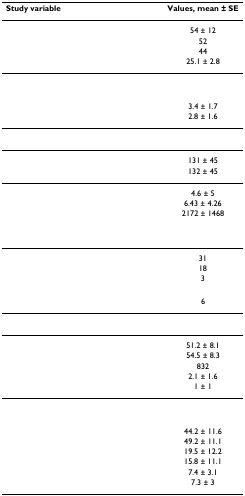
<table><thead><tr><td><b>Study variable</b></td><td><b>Values, mean ± SE</b></td></tr></thead><tbody><tr><td>[EMPTY_CELL]</td><td>54 ± 12</td></tr><tr><td>[EMPTY_CELL]</td><td>52</td></tr><tr><td>[EMPTY_CELL]</td><td>44</td></tr><tr><td>[EMPTY_CELL]</td><td>25.1 ± 2.8</td></tr><tr><td>[EMPTY_CELL]</td><td>[EMPTY_CELL]</td></tr><tr><td>[EMPTY_CELL]</td><td>3.4 ± 1.7</td></tr><tr><td>[EMPTY_CELL]</td><td>2.8 ± 1.6</td></tr><tr><td>[EMPTY_CELL]</td><td>[EMPTY_CELL]</td></tr><tr><td>[EMPTY_CELL]</td><td>131 ± 45</td></tr><tr><td>[EMPTY_CELL]</td><td>132 ± 45</td></tr><tr><td>[EMPTY_CELL]</td><td>4.6 ± 5</td></tr><tr><td>[EMPTY_CELL]</td><td>6.43 ± 4.26</td></tr><tr><td>[EMPTY_CELL]</td><td>2172 ± 1468</td></tr><tr><td>[EMPTY_CELL]</td><td>[EMPTY_CELL]</td></tr><tr><td>[EMPTY_CELL]</td><td>31</td></tr><tr><td>[EMPTY_CELL]</td><td>18</td></tr><tr><td>[EMPTY_CELL]</td><td>3</td></tr><tr><td>[EMPTY_CELL]</td><td>6</td></tr><tr><td>[EMPTY_CELL]</td><td>[EMPTY_CELL]</td></tr><tr><td>[EMPTY_CELL]</td><td>51.2 ± 8.1</td></tr><tr><td>[EMPTY_CELL]</td><td>54.5 ± 8.3</td></tr><tr><td>[EMPTY_CELL]</td><td>832</td></tr><tr><td>[EMPTY_CELL]</td><td>2.1 ± 1.6</td></tr><tr><td>[EMPTY_CELL]</td><td>1 ± 1</td></tr><tr><td>[EMPTY_CELL]</td><td>[EMPTY_CELL]</td></tr><tr><td>[EMPTY_CELL]</td><td>44.2 ± 11.6</td></tr><tr><td>[EMPTY_CELL]</td><td>49.2 ± 11.1</td></tr><tr><td>[EMPTY_CELL]</td><td>19.5 ± 12.2</td></tr><tr><td>[EMPTY_CELL]</td><td>15.8 ± 11.1</td></tr><tr><td>[EMPTY_CELL]</td><td>7.4 ± 3.1</td></tr><tr><td>[EMPTY_CELL]</td><td>7.3 ± 3</td></tr></tbody></table>